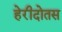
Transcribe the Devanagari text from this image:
हेरीदोतस